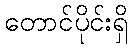
တောင်ပိုင်းရှိ